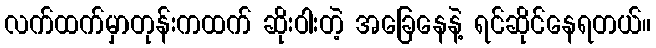
လက်ထက်မှာတုန်းကထက် ဆိုးဝါးတဲ့ အခြေနေနဲ့ ရင်ဆိုင်နေရတယ်။